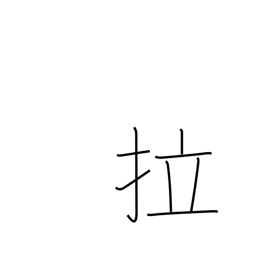
Meaning: Latin